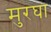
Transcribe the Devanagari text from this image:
मुरघा